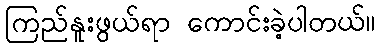
ကြည်နူးဖွယ်ရာ ကောင်းခဲ့ပါတယ်။